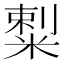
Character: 𥻌